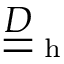
\underline { { \underline { { D } } } } _ { \mathrm { ~ h ~ } }